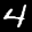
Label: 4